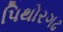
પિથોરગઢ